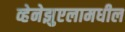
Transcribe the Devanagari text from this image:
व्हेनेझुएलामधील